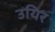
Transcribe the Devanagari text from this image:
उयिर